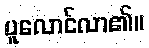
ပူလောင်လာ၏။